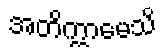
အတိက္ကာမေသိ